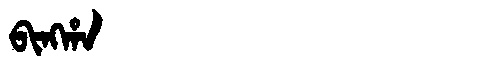
Manchu: ᠪᡳᠩᡥᠠ
Romanization: BINGHA